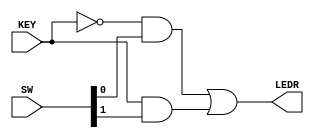
module mux_2_1_1_bit (
	input [1:0] SW, input [0:0] KEY,
	output [0:0] LEDR);
	assign LEDR[0] = (~KEY[0] & SW[0]) | (KEY[0] & SW[1]);
endmodule